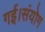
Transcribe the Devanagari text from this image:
गई।संयोग